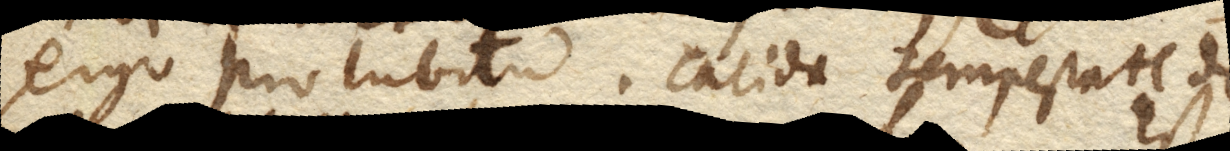
ergo pro lubitu. Calida tempestate de–